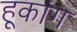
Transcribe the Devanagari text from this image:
हूकांग